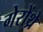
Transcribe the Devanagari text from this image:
गेरोंथ्रे